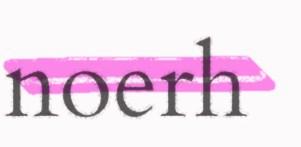
noerh